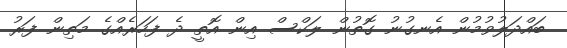
ބައްދަލުވުމުން އެނގުނު ގޮތުން ލަކްސް އިން އޮތީ ދެ ފަހަރެއްގެ މަތިން ފަރު